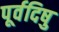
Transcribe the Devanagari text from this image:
पूर्वदिषु